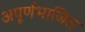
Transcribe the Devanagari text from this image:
अपूर्णभाजित